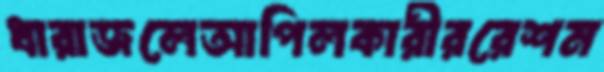
ধারাজলেআপিলকারীররেশম